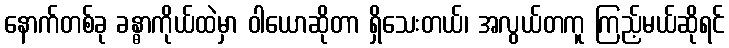
နောက်တစ်ခု ခန္ဓာကိုယ်ထဲမှာ ဝါယောဆိုတာ ရှိသေးတယ်၊ အလွယ်တကူ ကြည့်မယ်ဆိုရင်